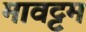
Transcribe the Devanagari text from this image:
मावट्टम